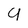
Character: 9